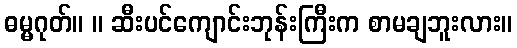
ဓမ္မဂုတ်။ ။ ဆီးပင်ကျောင်းဘုန်းကြီးက စာမချဘူးလား။